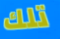
تلك